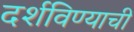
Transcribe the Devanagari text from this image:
दर्शविण्याची